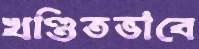
খণ্ডিতভাবে